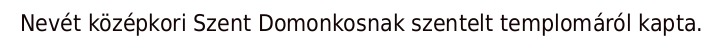
Nevét középkori Szent Domonkosnak szentelt templomáról kapta.